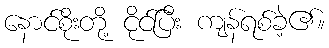
နောင်စိုးတို့ ငိုင်ပြီး ကျန်ရစ်ခဲ့၏။